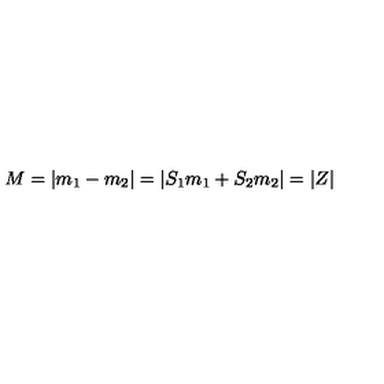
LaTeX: M = | m _ { 1 } - m _ { 2 } | = | S _ { 1 } m _ { 1 } + S _ { 2 } m _ { 2 } | = | Z |